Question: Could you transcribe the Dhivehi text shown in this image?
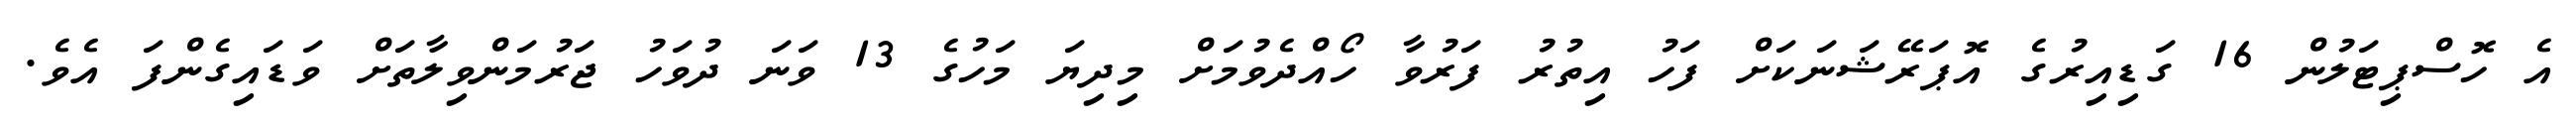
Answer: އެ ހޮސްޕިޓަލުން 16 ގަޑިއިރުގެ އޮޕަރޭޝަނަކަށް ފަހު އިތުރު ފަރުވާ ހޯއްދެވުމަށް މިދިޔަ މަހުގެ 13 ވަނަ ދުވަހު ޖަރުމަންވިލާތަށް ވަޑައިގެންފަ އެވެ.